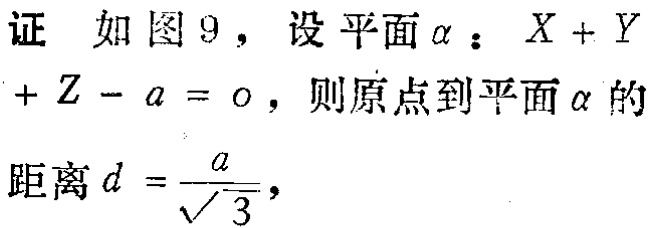
证 如图9，设平面\(\alpha\)：\(X + Y+ Z - a = 0\)，则原点到平面\(\alpha\)的距离\(d = \frac{a}{\sqrt{3}}\)，